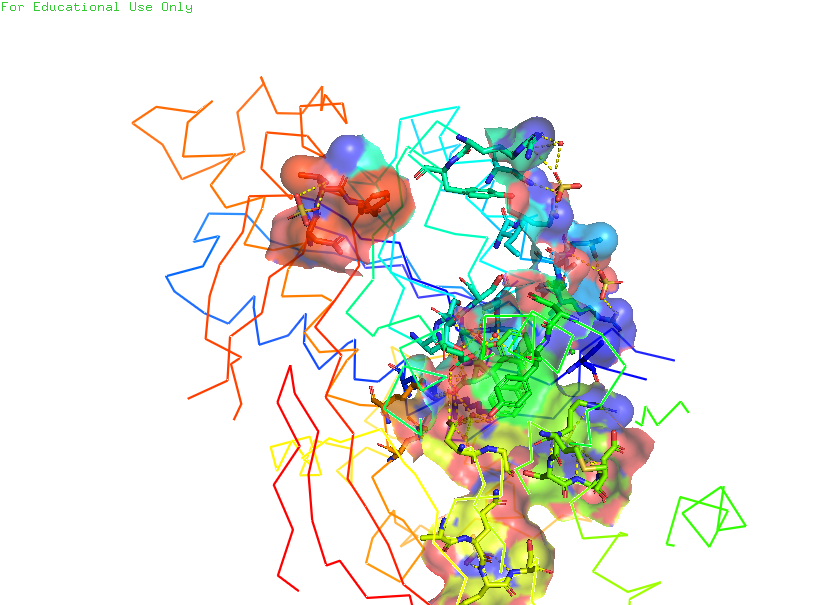
pymol, preset, ligand_sites_trans_hq